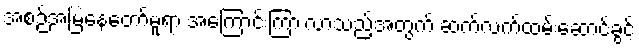
အစဉ်အမြဲနေတော်မူရာ အကြောင်းကြားလာသည့်အတွက် ဆက်လက်ထမ်းဆောင်ခွင့်